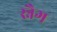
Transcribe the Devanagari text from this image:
स्नैग